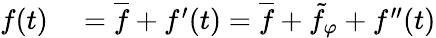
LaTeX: \begin{array}{rl}{f(t)}&{{}=\overline{{f}}+f^{\prime}(t)=\overline{{f}}+\tilde{f}_{\varphi}+f^{\prime\prime}(t)}\end{array}